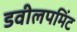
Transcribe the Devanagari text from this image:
डवीलपमिंट